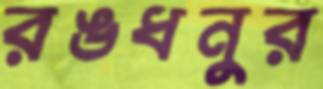
রঙধনুর